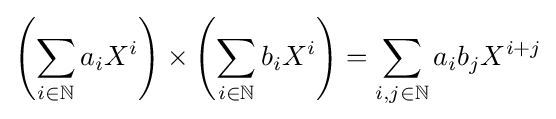
\left(\sum _{i\in \mathbb {N} }a_{i}X^{i}\right)\times \left(\sum _{i\in \mathbb {N} }b_{i}X^{i}\right)=\sum _{i,j\in \mathbb {N} }a_{i}b_{j}X^{i+j}